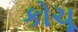
કોચૂ